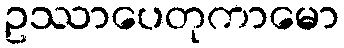
ဥဿာပေတုကာမော